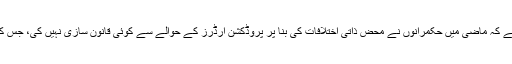
نہایت افسوس کے ساتھ کہنا پڑ رہا ہے کہ ماضی میں حکمرانوں نے محض ذاتی اختلافات کی بنا پر پروڈکشن آرڈرز کے حوالے سے کوئی قانون سازی نہیں کی، جس کی ماضی میں کئی مثالیں موجود ہیں۔